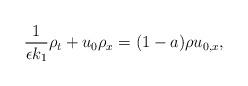
LaTeX: \begin{align*} \frac{1}{\epsilon k_{1}}\rho_{t} + u_{0}\rho_{x} = (1-a)\rho u_{0,x},\end{align*}